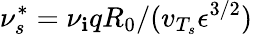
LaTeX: \nu_{s}^{*}=\nu_{\mathbf{i}}qR_{0}/(v_{T_{s}}\epsilon^{3/2})